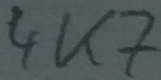
Text: 4K7